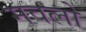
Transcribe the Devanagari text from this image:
मवलो